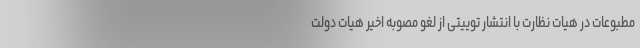
مطبوعات در هیات نظارت با انتشار توییتی از لغو مصوبه اخیر هیات دولت